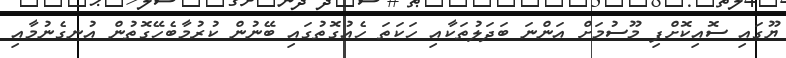
ޔޫގައި ސޮއިކޮށްފި މޫސުމަށް އަންނަ ބަދަލުތަކާއި ހަކަތަ ހެއުގޮތުގައި ބޭނުން ކުރުމާބެހޭގޮތުން އުނގެނުމާއި